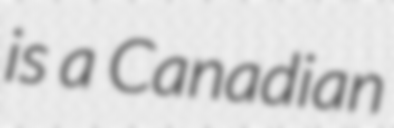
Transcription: is a Canadian